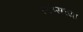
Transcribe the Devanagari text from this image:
स्टंप्सच्या